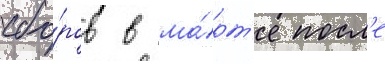
сбо́ров в ма́рт'е посл'е